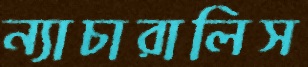
ন্যাচারালিস